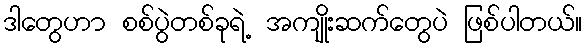
ဒါတွေဟာ စစ်ပွဲတစ်ခုရဲ့ အကျိုးဆက်တွေပဲ ဖြစ်ပါတယ်။